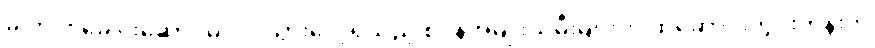
ခါတိုင်း ခေါင်းဆောင်မပါပဲ သွားလေ့ရှိသည့် စပိန်အမျိုးသမီးများက ထိုဆောင်းတွင်းတုန်းက